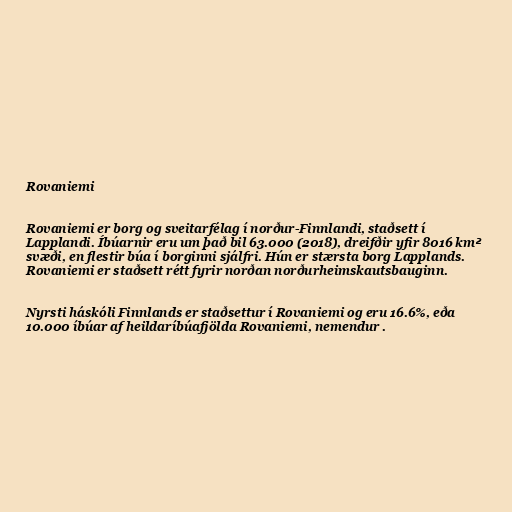
Rovaniemi

Rovaniemi er borg og sveitarfélag í norður-Finnlandi, staðsett í
Lapplandi. Íbúarnir eru um það bil 63.000 (2018), dreifðir yfir 8016 km²
svæði, en flestir búa í borginni sjálfri. Hún er stærsta borg Lapplands.
Rovaniemi er staðsett rétt fyrir norðan norðurheimskautsbauginn.

Nyrsti háskóli Finnlands er staðsettur í Rovaniemi og eru 16.6%, eða
10.000 íbúar af heildaríbúafjölda Rovaniemi, nemendur .